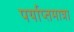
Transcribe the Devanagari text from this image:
पर्याप्तमात्रा